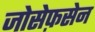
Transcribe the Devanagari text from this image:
जोसेफ़सेन